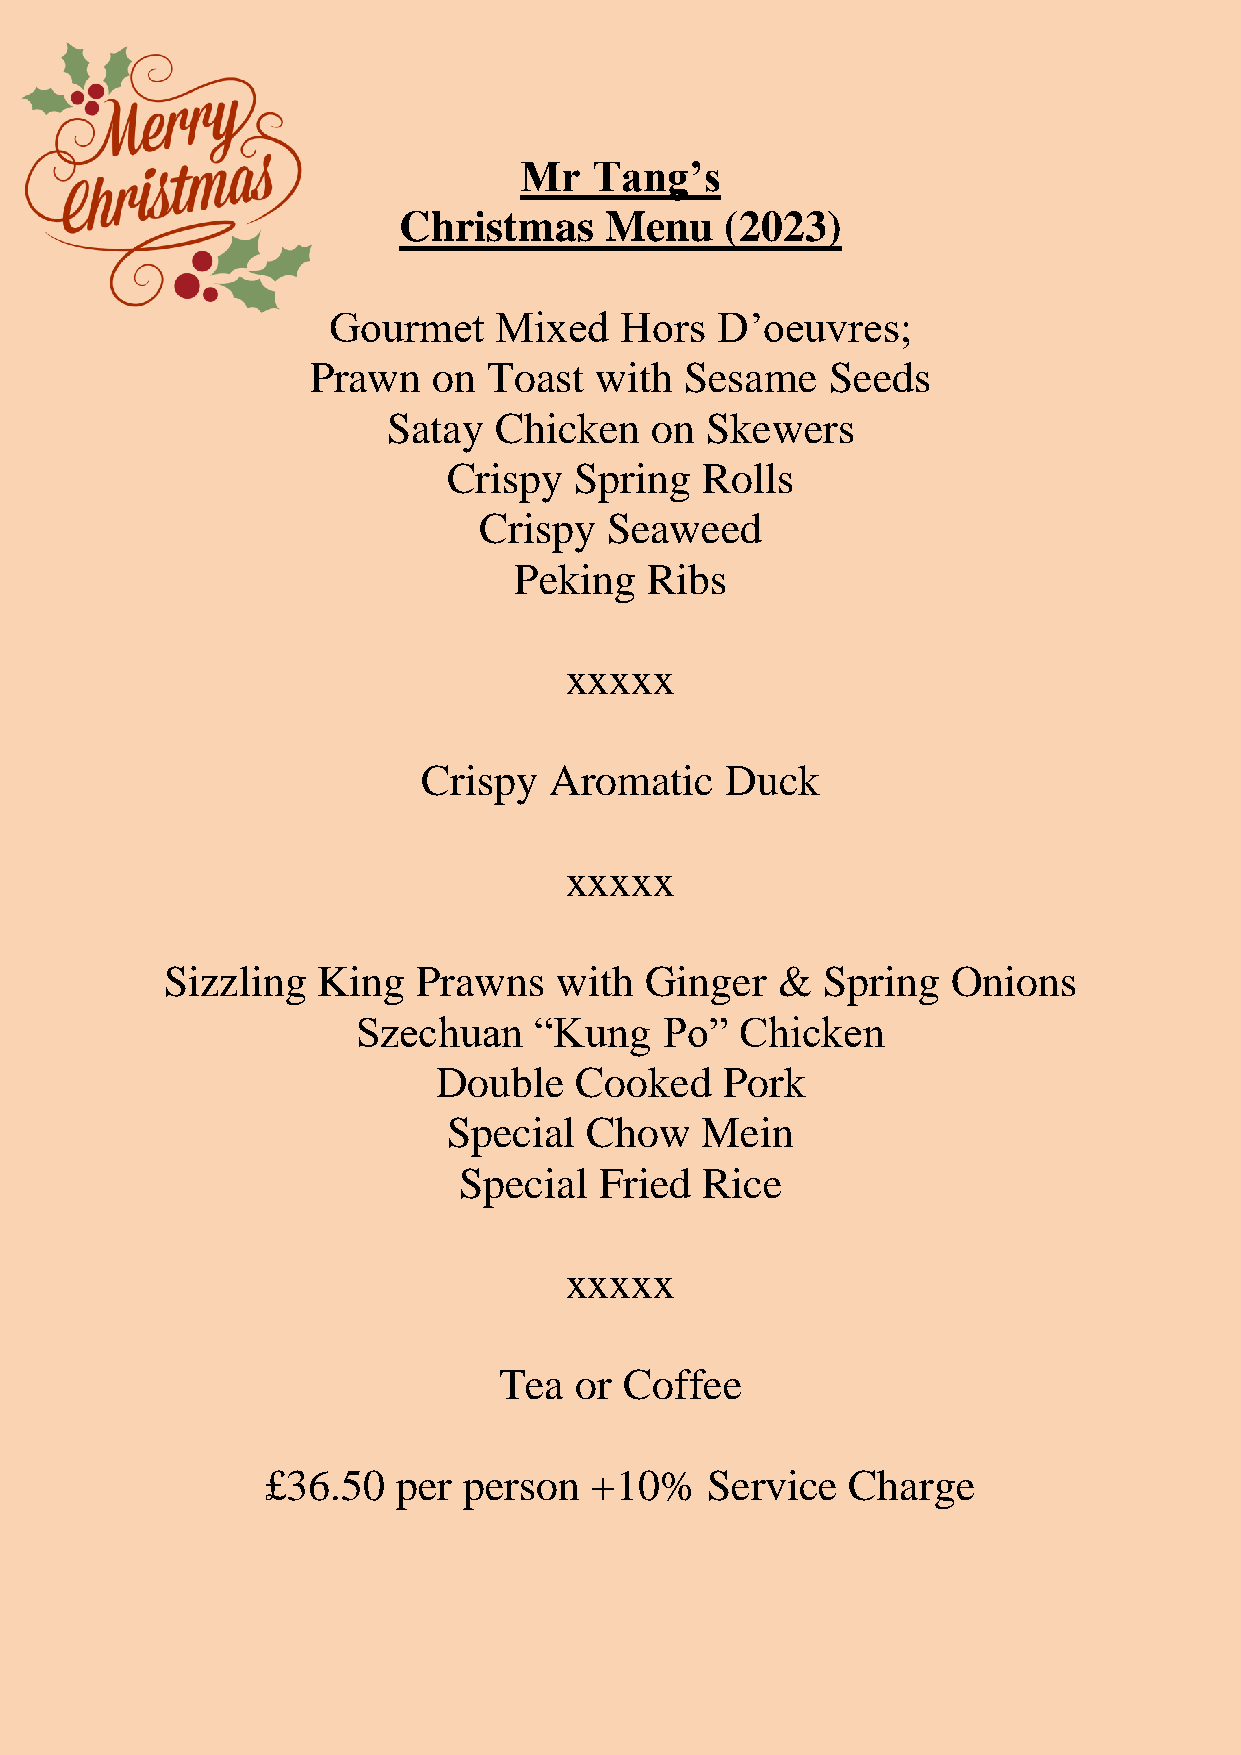
Mr   Tang’s
 Christmas     Menu    (2023)
 Gourmet    Mixed   Hors  D’oeuvres;
 Prawn    on Toast  with  Sesame    Seeds
 Satay  Chicken   on  Skewers
 Crispy  Spring  Rolls
 Crispy  Seaweed
 Peking   Ribs
 xxxxx
 Crispy  Aromatic    Duck
 xxxxx
 Sizzling  King   Prawns   with  Ginger  &  Spring   Onions
 Szechuan   “Kung    Po”  Chicken
 Double   Cooked    Pork
 Special  Chow   Mein
 Special   Fried Rice
 xxxxx
 Tea  or Coffee
 £36.50  per  person  +10%    Service  Charge